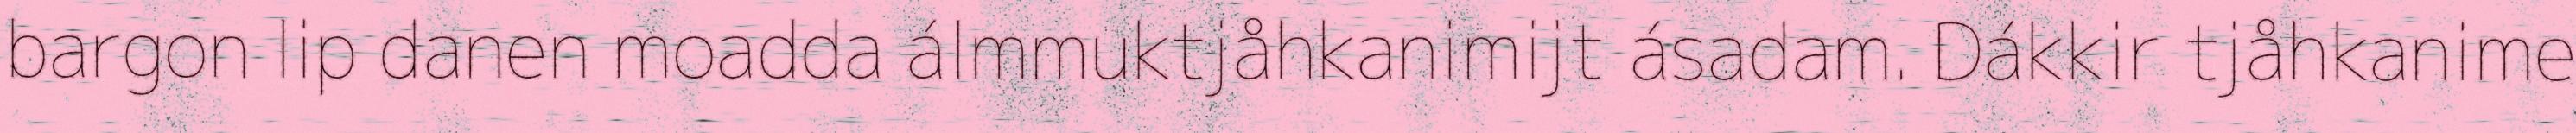
bargon lip danen moadda álmmuktjåhkanimijt ásadam. Dákkir tjåhkanime